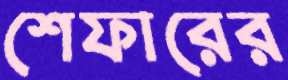
শেফারের